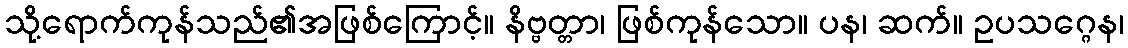
သို့ရောက်ကုန်သည်၏အဖြစ်ကြောင့်။ နိဗ္ဗတ္တာ၊ ဖြစ်ကုန်သော။ ပန၊ ဆက်။ ဥပသဂ္ဂေန၊